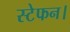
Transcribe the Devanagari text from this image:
स्टेफन।